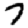
Digit: 7